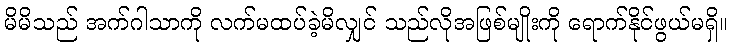
မိမိသည် အက်ဂါသာကို လက်မထပ်ခဲ့မိလျှင် သည်လိုအဖြစ်မျိုးကို ရောက်နိုင်ဖွယ်မရှိ။